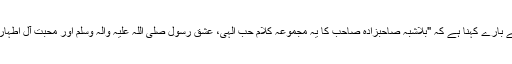
ملک کے نامور شاعر سید الطاف حسین گیلانی کا شاعر کے بارے کہنا ہے کہ "بلاشبہ صاحبزادہ صاحب کا یہ مجموعہ کلام حب الہی، عشق رسول صلی اللہ علیہ والہ وسلم اور محبت آل اطہار و اصحاب رسول صلی اللہ علیہ والہ وسلم سے معمور ہے۔